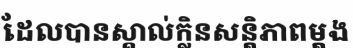
ដែលបានស្គាល់ក្លិនសន្តិភាពម្តង